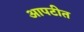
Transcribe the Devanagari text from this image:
आपटीत